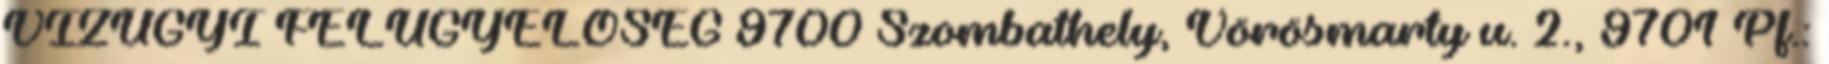
VÍZÜGYI FELÜGYELŐSÉG 9700 Szombathely, Vörösmarty u. 2., 9701 Pf.: